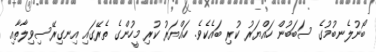
ބޯނުލެނބުމުގެ ސަބަބުން ހައްޔަރު ކުރި ބައެކެވެ. ހައްޔަރު ކުރި މީހުންގެ ތެރޭގައި އިނގިރޭސިވިލާތާއި